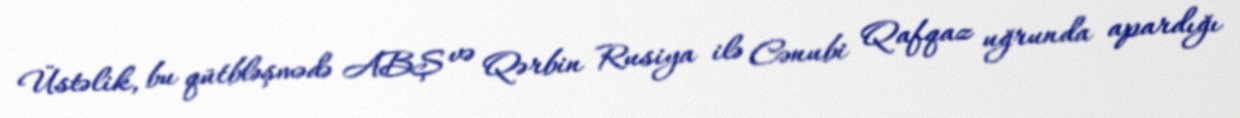
Üstəlik, bu qütbləşmədə ABŞ və Qərbin Rusiya ilə Cənubi Qafqaz uğrunda apardığı